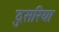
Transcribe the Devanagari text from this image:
दुसरिया